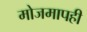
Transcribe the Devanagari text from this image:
मोजमापही